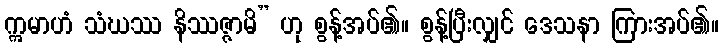
ဣမာဟံ သံဃဿ နိဿဇ္ဇာမိ” ဟု စွန့်အပ်၏။ စွန့်ပြီးလျှင် ဒေသနာ ကြားအပ်၏။